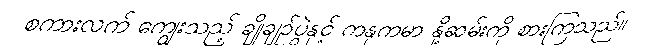
စကားလက် ကျွေးသည့် ချိုချဉ်ပွဲနှင့် ကနုကမာ နို့ဆမ်းကို စားကြသည်။